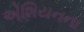
એશિયનના